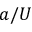
a / U